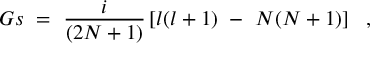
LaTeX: G s ~ = ~ { \frac { i } { ( 2 N + 1 ) } } \left[ l ( l + 1 ) ~ - ~ N ( N + 1 ) \right] ~ ~ ,